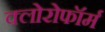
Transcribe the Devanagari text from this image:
क्‍लोरोफॉर्म